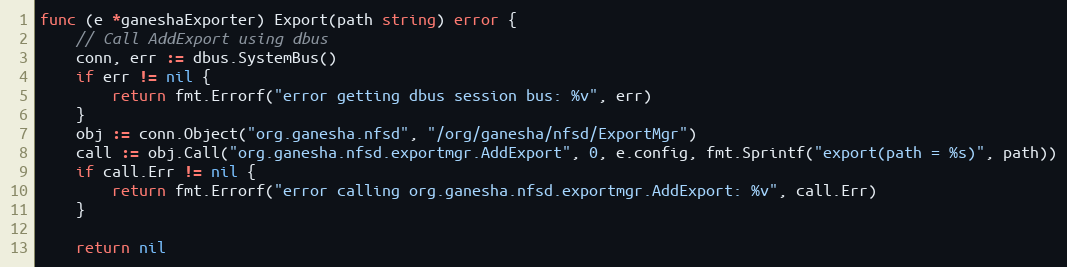
Language: Go
func (e *ganeshaExporter) Export(path string) error {
	// Call AddExport using dbus
	conn, err := dbus.SystemBus()
	if err != nil {
		return fmt.Errorf("error getting dbus session bus: %v", err)
	}
	obj := conn.Object("org.ganesha.nfsd", "/org/ganesha/nfsd/ExportMgr")
	call := obj.Call("org.ganesha.nfsd.exportmgr.AddExport", 0, e.config, fmt.Sprintf("export(path = %s)", path))
	if call.Err != nil {
		return fmt.Errorf("error calling org.ganesha.nfsd.exportmgr.AddExport: %v", call.Err)
	}

	return nil